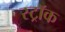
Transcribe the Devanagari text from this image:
स्ट्रॉक